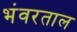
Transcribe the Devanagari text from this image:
भंवरताल